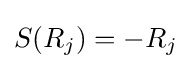
S(R_{j})=-R_{j}